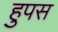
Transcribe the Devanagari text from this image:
हुपस